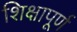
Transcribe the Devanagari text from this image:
शिक्षापूर्ण